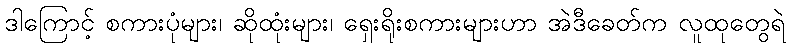
ဒါကြောင့် စကားပုံများ၊ ဆိုထုံးများ၊ ရှေးရိုးစကားများဟာ အဲဒီခေတ်က လူထုတွေရဲ